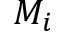
M _ { i }